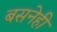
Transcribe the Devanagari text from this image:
बसनेही